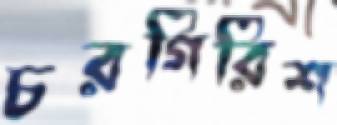
চরগিরিশ